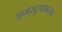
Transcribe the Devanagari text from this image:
इनस्ट्रक्शन्स